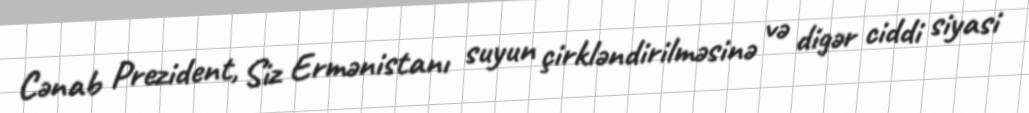
Cənab Prezident, Siz Ermənistanı suyun çirkləndirilməsinə və digər ciddi siyasi